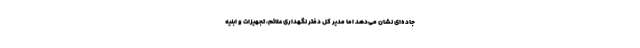
جاده‌ای نشان می‌دهد اما مدیر کل دفتر نگهداری علائم، تجهیزات و ابنیه